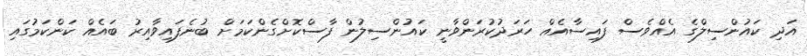
އަދި ކައުންސިލްގެ އެއްވެސް ފައިސާއެއް ހަރަދުކުރަންވާނީ ކައުންސިލުން ފާސްކޮށްގެންކަމަށް ބުނެފައިވާއިރު ބައެއް ކަންކަމުގައި